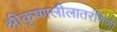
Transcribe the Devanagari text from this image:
श्रीकृष्णलीलातरंगिणी